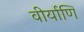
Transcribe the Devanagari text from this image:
वीर्याणि